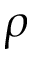
\rho